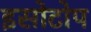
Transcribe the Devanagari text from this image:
इसोटोप